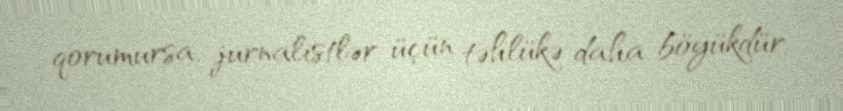
qorumursa, jurnalistlər üçün təhlükə daha böyükdür.